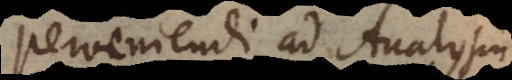
perveniendi ad Analysin